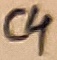
Text: C4